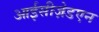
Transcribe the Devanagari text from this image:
आईसीज़ेडएन